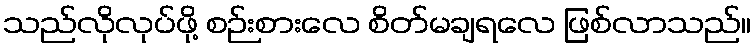
သည်လိုလုပ်ဖို့ စဉ်းစားလေ စိတ်မချရလေ ဖြစ်လာသည်။